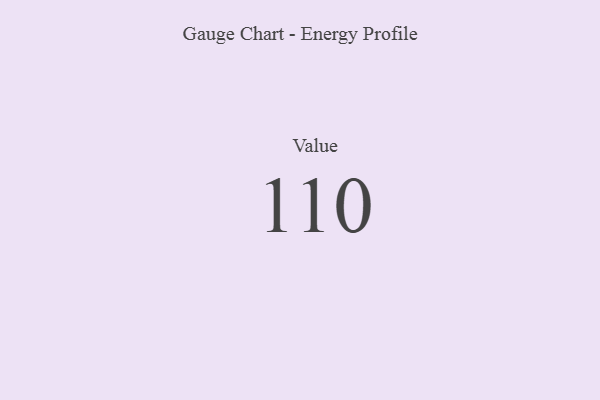
{"axis": {"x": "Metric", "y": "Value"}, "legend": [""], "data": [{"x": "Value", "y": 110, "type": ""}]}